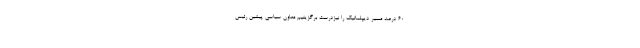
۶۰ درصد مسیر دیپلماتیک را نیزدرست برگزینیم معاون سیاسی پیشین رئیس